Tezpur Lunatic Asylum reports 1877-1894 - 1877-1894
Year: 1877
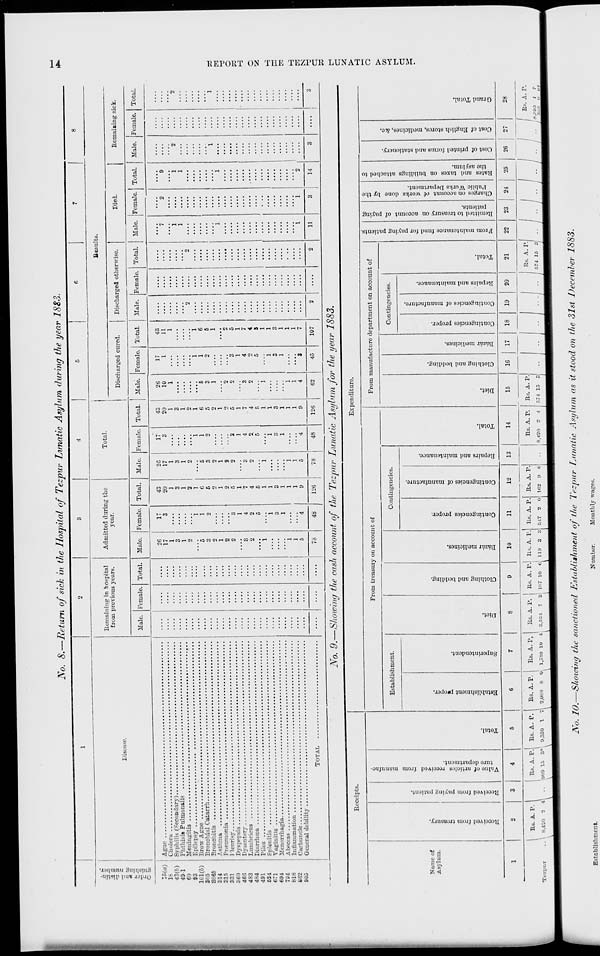
No. 8.—Return of sick in the llo spit a I of Tezpur Lunatic Asyl im (hiring tl ie yeai 1883
I
2
3
4
5
6
7
8
efe
JO a
Disease.
Remaining in hospital
from previous years.
Admitted during the
year.
Total.
Results.
■a a
C bo
Discharged cured.
Discharged otherwise.
Died.
Remaining sick.
C 5;
Male. Female. Total. Male. Female. Total. Male. Female. Total.
Male. Female. Total.
Male. Female. Total.
Male. Female. Total. Male. Female. Total.
18
43(6)
49-1
26
17
1
3
1
o
"5
3
2
1
2
2
"3
2
' i
"i
1
5
17
3
"i
1
2
8
1
4
2
u
i
3
1
"4
43
20
1
3
1
2
1
C
5
2
1
2
5
1
'7
4
5
1
1
3
1
1
1
9
26
17
1
3
1
2
6
3
2
1
2
2
3
2
"i
i
1
5
17
3
"i
1
0
"3
1
4
2.
5
"i
3
1
4
43
20
1
3
1
2
1
6
5
2
1
2
5
1
7
4
5
1
1
3
1
1
1
26
10
1
"5
3
1
2
2
"*3
2
"i
"i
1
4
17
1
1
2
"3
1
4
2
5
"i
3
1
"3
43
11
1
"i
6
G
1
0
6
1
7
4
S
1
1
3
1
1
1
7
2
*7
"i
1
...
"2
"i
"9
"i
1
'2
"2
"l
...
...
"2
2
G'J
93
101(6)
805
8 r, 66
314
315
331
360
46G
483
484
491
524
671
694
794
fcl8
fcG2
905
....
....
78
48
126
78
48
126
62
45
107
2
....
2
11
3
14
3
....
3
K
2
No. 9.—Showing the cash account of the Tezpur Lunatic Asylum for the year 1883.
Receipts.
Ex penditure.
oi
to
G
o
0
From treasury on account of
From manufacture department on account of
a
a
g
£
<s
3
.2
Js
E
Establishment.
Contingencies.
Contingencies.
ft
to
0
g
5
t->
0
4
E
*»
0
d
0
0
1
Name of
>>
C
3
0
0
>
0
5
o
|
0
e3
ft
O
0
0
d
a
0 a
a
to
a
a
a
Asylum.
3
tt
p,
8
5 g
c
s.
P.
0
C
cJ
S
d
3
a
3
to
2
1
2
a
c3
O
a
3
c t.
3
0
3
a
0
.a
c.
0
£
£
5
>
£
c
•a
0
_£
"3
(2
« ft
*-,2 c ~
gg
3
O
H
a
E
■3
O
•a
&
1
3
5
•a
a a
to
i
a
'p
■3
a
•a
'8
c
0
to
c
0
0
.2
0
a
to
B
C
O
O
s
a
a
'S
ft
a
"3
0
H
s
■3
3
to
0
5
[3
i
-cS
J3
0
'3
a
0
to
c
0
O
a
to
a
0
0
a
•a
3
g
3
ft 0
3
0
H
3
5
S
0
0
t a
3J2
53 B >
c >■
y O
II
5
i
s
«
0
a.
0
0
D
"to
s
0
0
"3
"S
H
■a
3
5
1
2
3
4
5
6
7
8
9
10
11
12
13
14
15
16
17
18
19
20
21
22
23
24
25
26
27
28
Rs. A. P.
Rs. A. P. Rs. A. P.
Rs. A. P. 1 Rs. A. P,
Rs. A. P.
Us. A. P.! Us. A. P. Rs. A. P. Rs. A. P.
Rs. A. P. Rs. A. P.
Rs. A. r.
1 1 I I 1 Rs. A. P.
Tezpnt
\ 8,420 •-> 4
,009 15 3* 0,330 1 7 \ 2,08b 8 O, 1,7«0 10 4 8,831 7 3 187 10 c[ no 3 ;: 047 2 O 1G2 0 0
S,420 2 4 07-1 IS S
.. 1 ...
.. / 571 15 3;
|
1
/
~.!'i>r, 1
7
j
d
2!
>
Establishment.
No. 10.—Shoioing the sanctioned Establishment of the Tezpur Lunatic Asylum as it stood on the 31st December 1883.
Number.
Monthly wages.